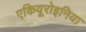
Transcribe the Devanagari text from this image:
एकियूरोइनिया